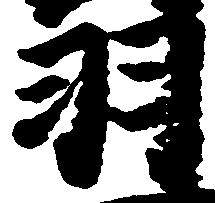
羽